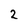
Character: 2